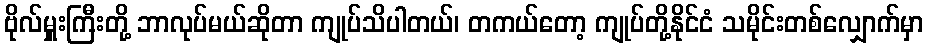
ဗိုလ်မှူးကြီးတို့ ဘာလုပ်မယ်ဆိုတာ ကျုပ်သိပါတယ်၊ တကယ်တော့ ကျုပ်တို့နိုင်ငံ သမိုင်းတစ်လျှောက်မှာ